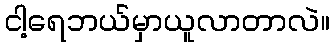
ငါ့ရေဘယ်မှာယူလာတာလဲ။